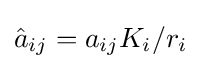
{\hat {a}}_{ij}=a_{ij}K_{i}/r_{i}